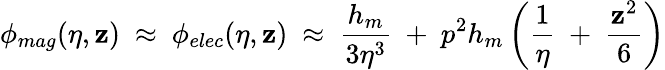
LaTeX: \phi_{mag}(\eta,\mathbf{z})~\approx~\phi_{elec}(\eta,\mathbf{z})~\approx~\frac{{h_{m}}}{{3\eta^{3}}}~+~p^{2}h_{m}\left(\frac{1}{\eta}~+~\frac{{\mathbf{z}^{2}}}{6}\right)